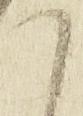
て